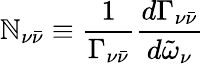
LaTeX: {\cal\mathbb{N}}_{\nu{\bar{{\nu}}}}\equiv\frac{{1}}{{\Gamma_{\nu{\bar{{\nu}}}}}}\frac{{d\Gamma_{\nu{\bar{{\nu}}}}}}{{d{\tilde{{\omega}}}_{\nu}}}\;